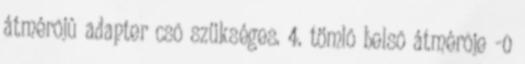
átmérõjû adapter csõ szükséges. 4. tömlõ belsõ átmérõje -0